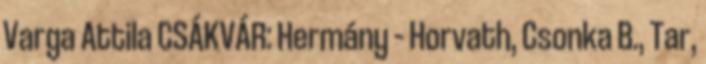
Varga Attila CSÁKVÁR: Hermány – Horvath, Csonka B., Tar,